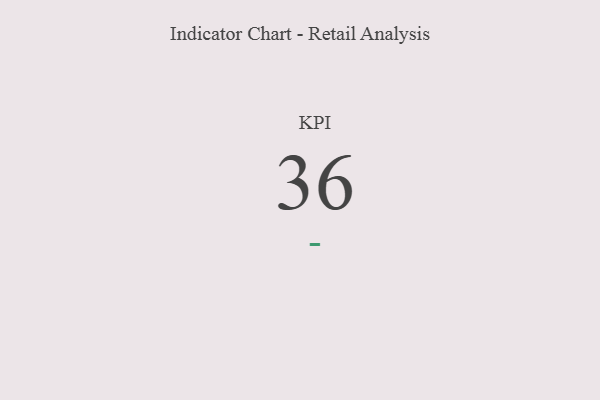
{"axis": {"x": "KPI", "y": "Value"}, "legend": [""], "data": [{"x": "KPI", "y": 36, "type": ""}]}